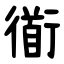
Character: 衜